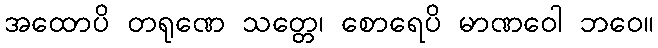
အထောပိ တရုဏေ သတ္တေ၊ စောရေပိ မာဏဝေါ ဘဝေ။